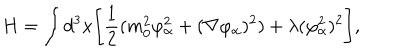
H = \int d ^ { 3 } x \Biggl [ { \frac { 1 } { 2 } } ( m _ { 0 } ^ { 2 } \varphi _ { \alpha } ^ { 2 } + ( \nabla \varphi _ { \alpha } ) ^ { 2 } ) + \lambda ( \varphi _ { \alpha } ^ { 2 } ) ^ { 2 } \Biggr ] , \,